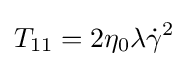
T_{11}=2\eta _{0}\lambda {\dot {\gamma }}^{2}